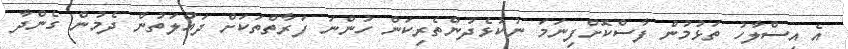
އެ އިސްލާހު ތަޅުމުން ފާސްކޮށްފިނަމަ ނުކުޅެދުންތެރިކަން ހުންނަ ފަރާތްތަކަށް ދައުލަތުން ދެމުން ގެންދާ